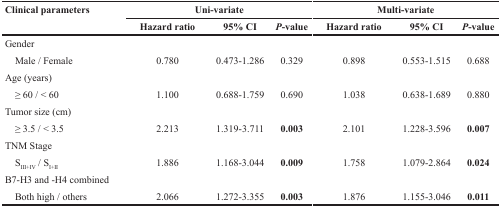
<table><thead><tr><td rowspan="2"><b>Clinical parameters</b></td><td colspan="3"><b>Uni-variate</b></td><td colspan="3"><b>Multi-variate</b></td></tr><tr><td><b>Hazard ratio</b></td><td><b>95% CI</b></td><td><b><i>P</i>-value</b></td><td><b>Hazard ratio</b></td><td><b>95% CI</b></td><td><b><i>P</i>-value</b></td></tr></thead><tbody><tr><td colspan="7">Gender</td></tr><tr><td> Male / Female</td><td>0.780</td><td>0.473-1.286</td><td>0.329</td><td>0.898</td><td>0.553-1.515</td><td>0.688</td></tr><tr><td colspan="7">Age (years)</td></tr><tr><td> ≥ 60 / &lt; 60</td><td>1.100</td><td>0.688-1.759</td><td>0.690</td><td>1.038</td><td>0.638-1.689</td><td>0.880</td></tr><tr><td colspan="7">Tumor size (cm)</td></tr><tr><td> ≥ 3.5 / &lt; 3.5</td><td>2.213</td><td>1.319-3.711</td><td><b>0.003</b></td><td>2.101</td><td>1.228-3.596</td><td><b>0.007</b></td></tr><tr><td colspan="7">TNM Stage</td></tr><tr><td> S<sub>III+IV</sub> / S<sub>I+II</sub></td><td>1.886</td><td>1.168-3.044</td><td><b>0.009</b></td><td>1.758</td><td>1.079-2.864</td><td><b>0.024</b></td></tr><tr><td colspan="7">B7-H3 and -H4 combined</td></tr><tr><td> Both high / others</td><td>2.066</td><td>1.272-3.355</td><td><b>0.003</b></td><td>1.876</td><td>1.155-3.046</td><td><b>0.011</b></td></tr></tbody></table>